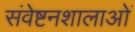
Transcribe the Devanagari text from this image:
संवेष्टनशालाओं